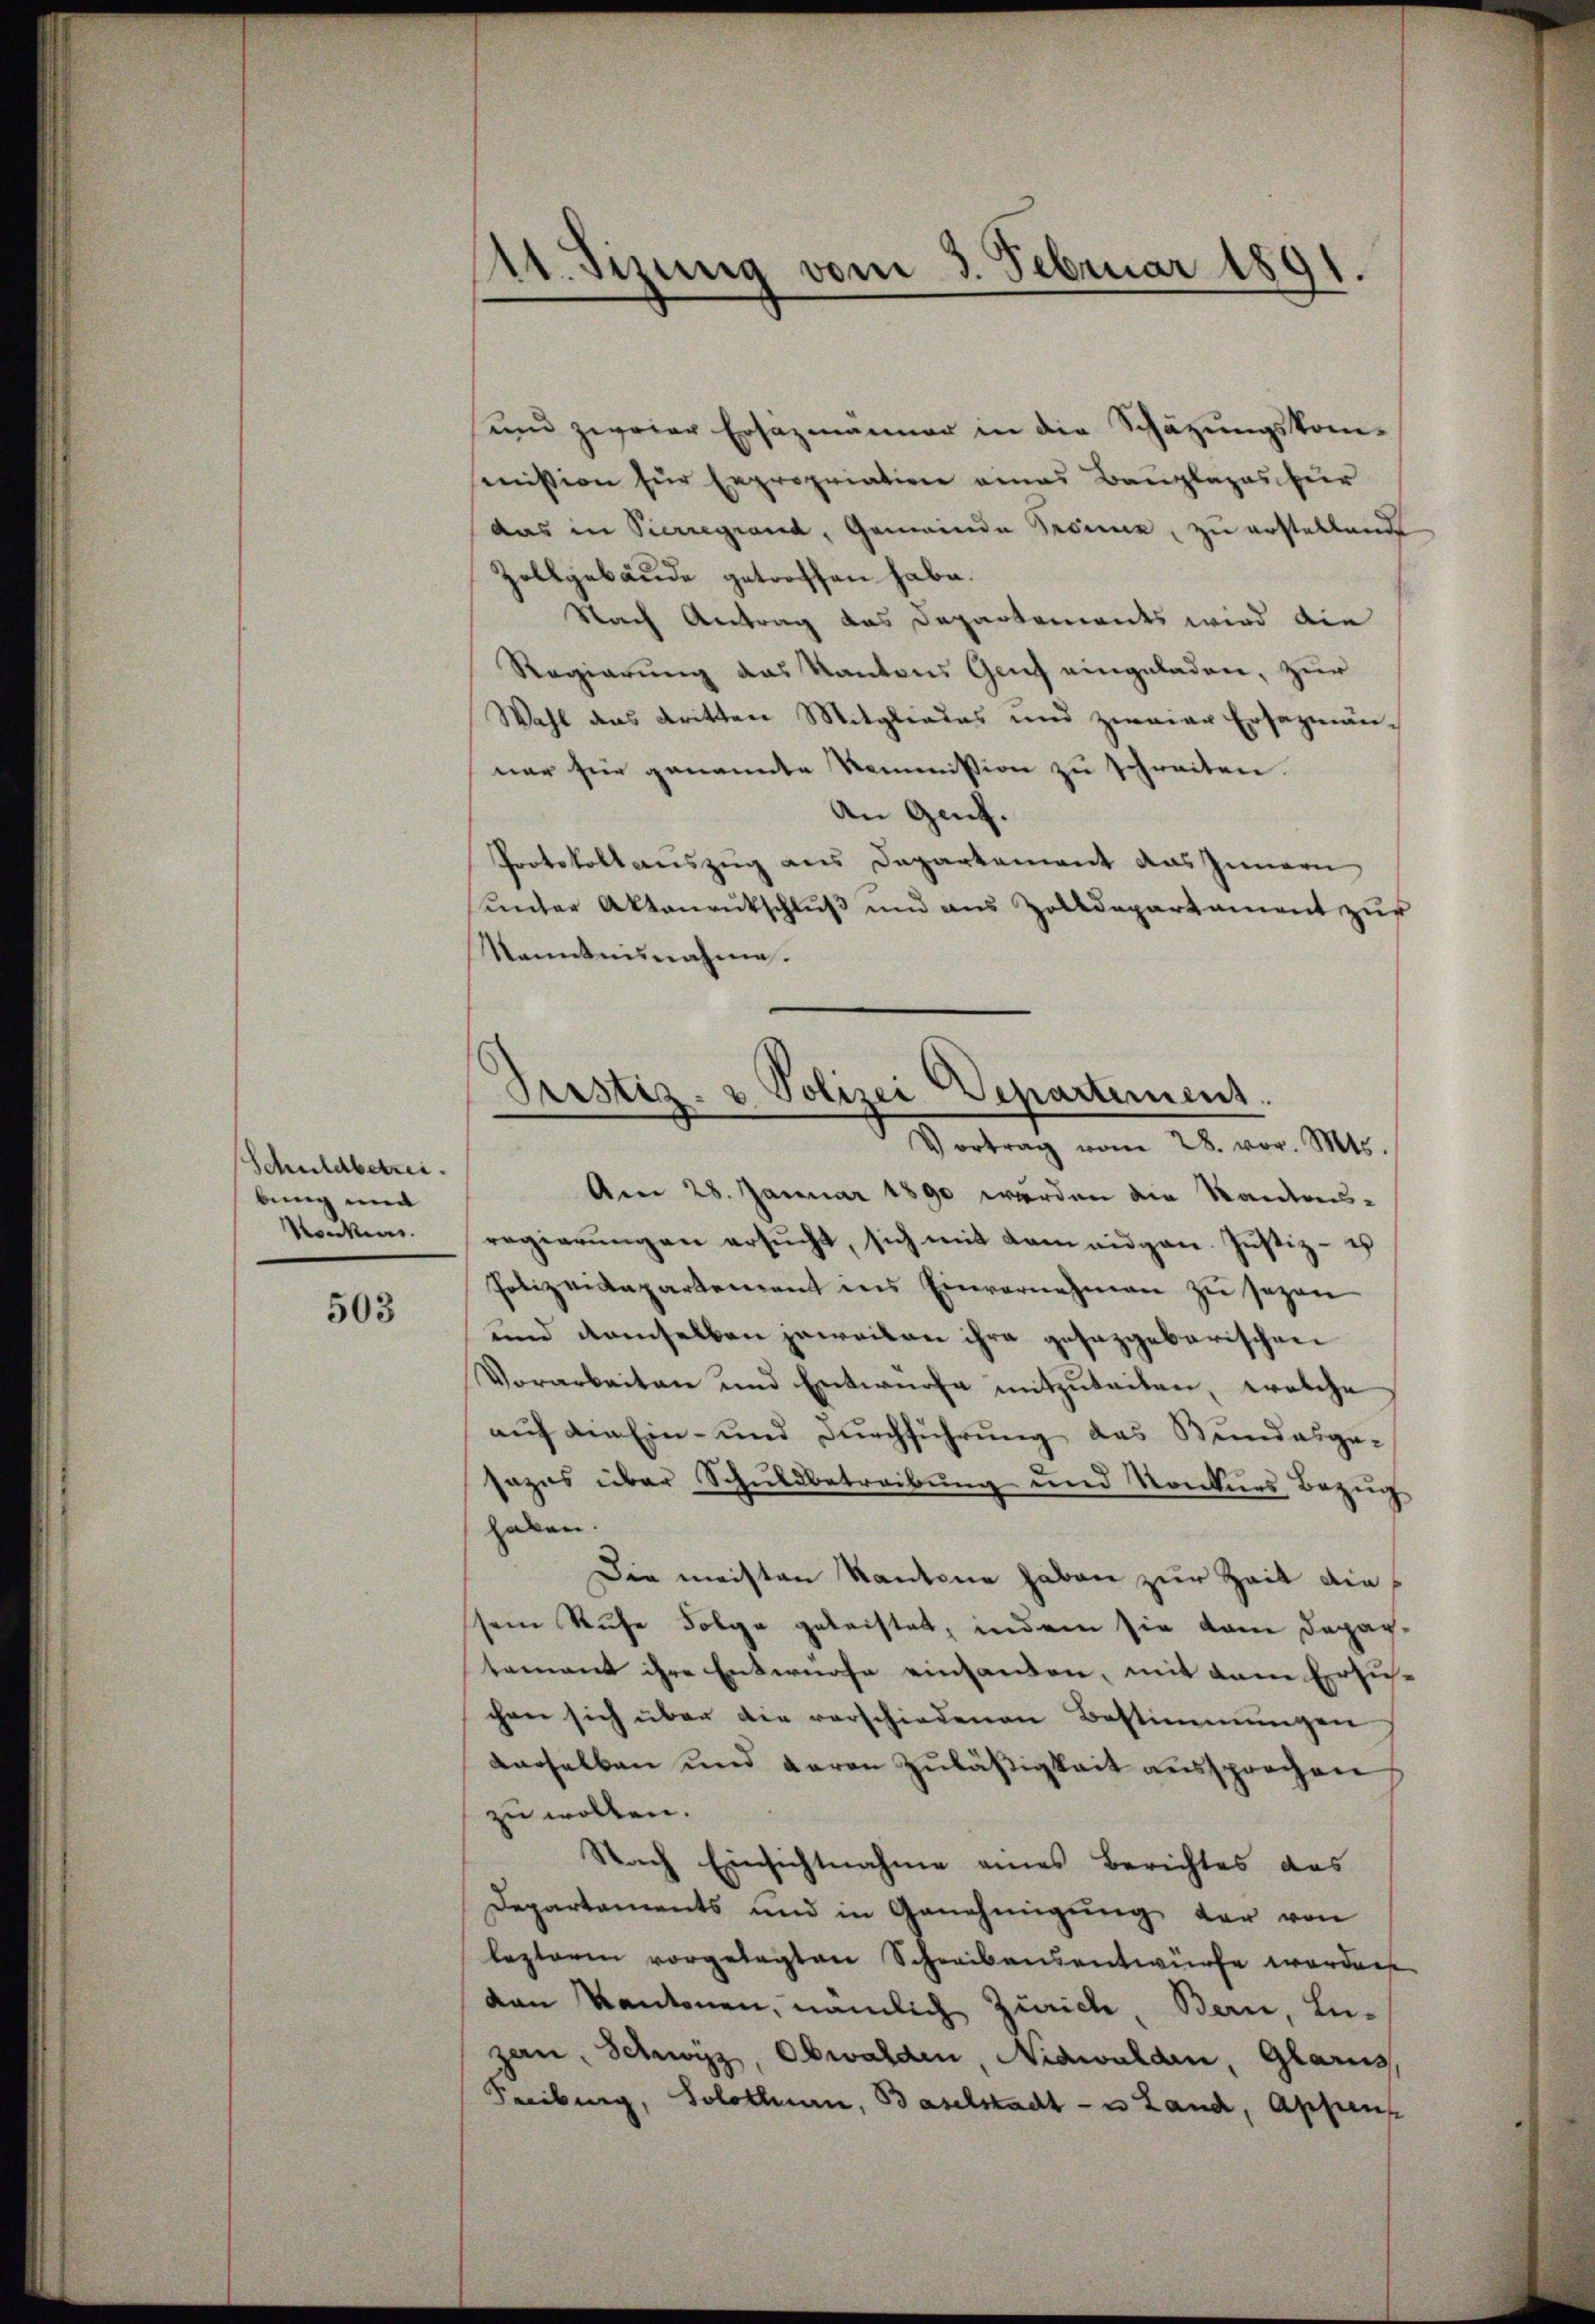
Schuldbetrei
bung mi
Ranken.

503

11. Sizung vom 3. Februar 1891

und zweier Ersazmänner in die Schäzungskom-
mission für Expropriation eines Bauplages zur
das in Pierregrand, Gemeinde Sonne, zu erstellende
Zollgebäude getroffen habe.
Nach Antrag das Departements wird die
Regierung das Kantons Genf eingeladen, zur
Wahl das dritten Mitgliedes und zweier Ersazmänner für genannte Kommission zu schreiten.
An Genf.
Protokollauszug aus Departement das Innern
unter Aktenrutschluß und aus Zolldepartament zur
kanntennahme.
Am 28. Januar 1890 werden die Kantons-
regierŭngen ersŭcht, sich mit dem eidgen. Justiz- u
Polizeidepartement ins Einvernehmen zu sezen
und demselben jeweiten ihre gesazgebarischen
Vorarbeiten und Entwürfe mitzuteilen, welche
auf die Ein- und Durchführung das Bundesge-
tazus über Schuldbetreibung und Konkurs Bezug
¬
haben.
Die meisten Kantone haben zur Zeit die
sein Ruhe Folge geleistet, indem sie kam Depar-
tement ihre Entwurfe einhanden, mit dem Ersuch-
chen sich über die verschiedenen Bestimmungen
derselben und daran Zuläßigkeit aussprochen
zu wollen.
Nach Einsichtnahme eines Berichtes das
Departements und in Genehmigŭng der von
lezteren vorgelegten Schreibensentwürfe worden
van Kantonen, nämlich Zürich, Bern, Lu-
zan, Schwyz, Obwalden, Nidwalden, Glarus,
Freiburg, Solothurn, Baselstadt- u Land, Appenz

Justiz- & Polizei Departement.
Vortrag vom 28. vor. Mts.